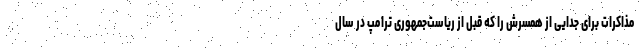
مذاکرات برای جدایی از همسرش را که قبل از ریاست‌جمهوری ترامپ در سال